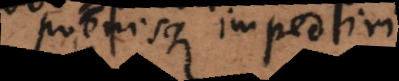
poenisque impediri